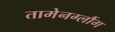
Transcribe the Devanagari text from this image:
तामेनग्लौंग